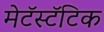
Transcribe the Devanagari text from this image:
मेटॅस्टॅटिक